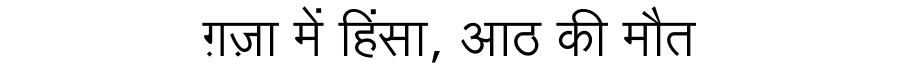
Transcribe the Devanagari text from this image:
ग़ज़ा में हिंसा, आठ की मौत